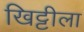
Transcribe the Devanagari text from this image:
खिट्टीला